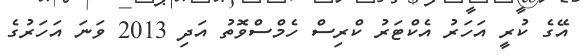
އޭގެ ކުރީ އަހަރު އެކްޓަރު ކްރިސް ހެމްސްވޮތު އަދި 2013 ވަނަ އަހަރުގެ